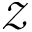
\mathcal { Z }